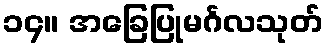
၁၄။ အခြေပြုမင်္ဂလသုတ်